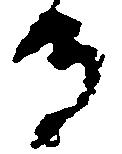
る